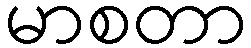
မာစတာ